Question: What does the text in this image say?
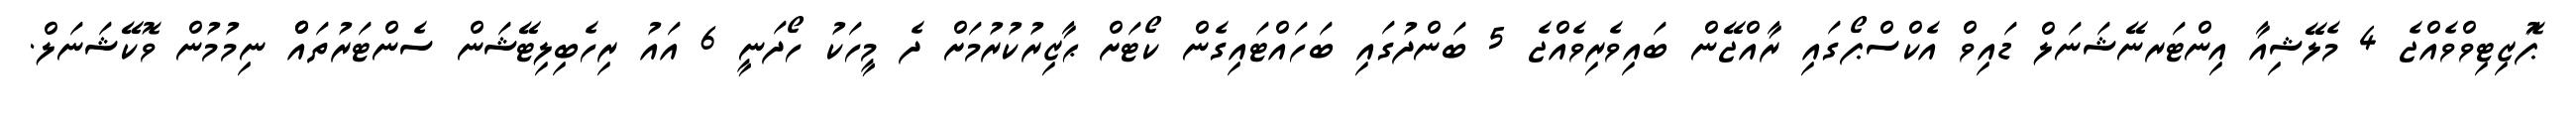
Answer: ޕަޮޒިޓިވްވެއްޖެ 4 މެލޭޝިއާ އިންޓަރނޭޝަނަލް ޑައިވް އެކްސްޕޯގައި ރާއްޖޭން ބައިވެރިވެއްޖެ 5 ބަންދުގައި ބަހައްޓައިގެން ކޯޓަށް ޙާޒިރުކުރުމަށް ދެ މީހަކު ހޯދަނީ 6 އައު ރިހެބިލިޓޭޝަން ސެންޓަރުތައްް ނިމުމުން ވޮކޭޝަނަލް.